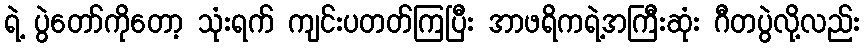
ရဲ့ ပွဲတော်ကိုတော့ သုံးရက် ကျင်းပတတ်ကြပြီး အာဖရိကရဲ့အကြီးဆုံး ဂီတပွဲလို့လည်း